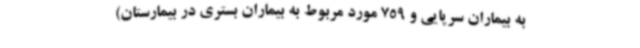
به بیماران سرپایی و 759 مورد مربوط به بیماران بستری در بیمارستان)